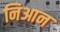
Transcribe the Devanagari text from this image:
निआन